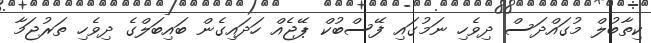
ކިތާބުލް މުގައްދަސް ދިވެހި ނަމުގައި ފޭސްބުކް ޕޭޖެއް ހަދައިގެން ބައިބަލްގެ ދިވެހި ތަރުޖަމާ